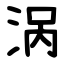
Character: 涡